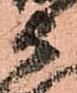
衛